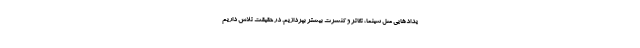
یدادهایی مثل سینما، تئاتر و کنسرت بیشتر بپردازیم. در حقیقت تلاش داریم